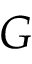
G